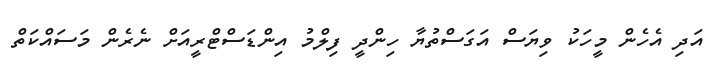
އަދި އެހެން މީހަކު ވިޔަސް އަގަސްތުޔާ ހިންދީ ފިލްމު އިންޑަސްޓްރީއަށް ނެރެން މަސައްކަތް